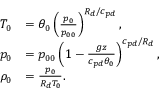
\begin{array} { r l } { T _ { 0 } } & { = \theta _ { 0 } \left( \frac { p _ { 0 } } { p _ { 0 0 } } \right) ^ { R _ { d } / c _ { p d } } , } \\ { p _ { 0 } } & { = p _ { 0 0 } \left( 1 - \frac { g z } { c _ { p d } \theta _ { 0 } } \right) ^ { c _ { p d } / R _ { d } } , } \\ { \rho _ { 0 } } & { = \frac { p _ { 0 } } { R _ { d } T _ { 0 } } . } \end{array}